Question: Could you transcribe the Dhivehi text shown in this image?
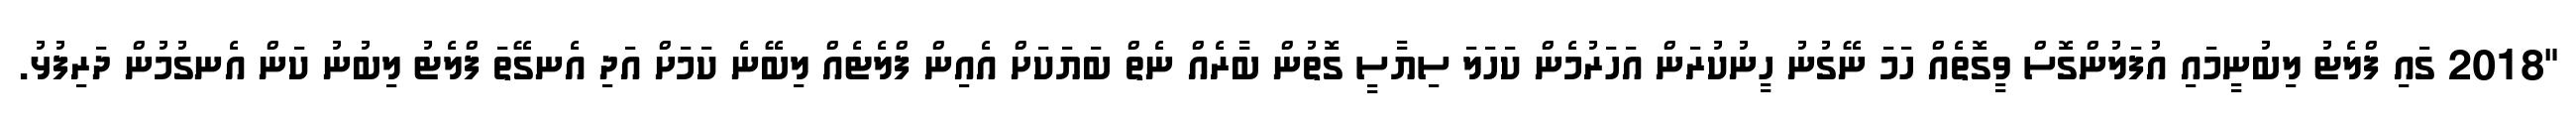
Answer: "2018 ގައި ފްލެޓު ލިބުނީމައި އުފަލުންގޮސް ވީގޮތެއް ހަމަ ނޭގުނު ހީނުކުރަން އަހަރުމެން ކަހަލަ ސިޔާސީ ގޮތުން ބާރެއް ނެތް ބަޔަކަށް އެއިން ފްލެޓެއް ލިބޭނެ ކަމަށް އަދި އެނގޭތަ ފްލެޓު ލިބުނު ކަން އެނގުމުން ދަރިފުޅު.